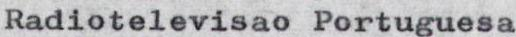
Radiotelevisao Portuguesa